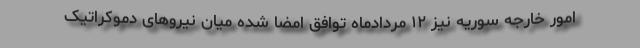
امور خارجه سوریه نیز ۱۲ مردادماه توافق امضا شده میان نیروهای دموکراتیک